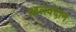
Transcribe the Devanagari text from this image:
आलवंदान